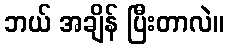
ဘယ် အချိန် ပြီးတာလဲ။